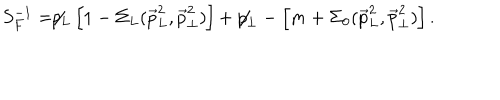
LaTeX: S _ { F } ^ { - 1 } = \not \! \! p _ { L } \left[ 1 - \Sigma _ { L } ( { \vec { p } } _ { L } ^ { 2 } , { \vec { p } } _ { \perp } ^ { 2 } ) \right] + \not \! \! p _ { \perp } - \left[ m + \Sigma _ { 0 } ( { \vec { p } } _ { L } ^ { 2 } , { \vec { p } } _ { \perp } ^ { 2 } ) \right] .